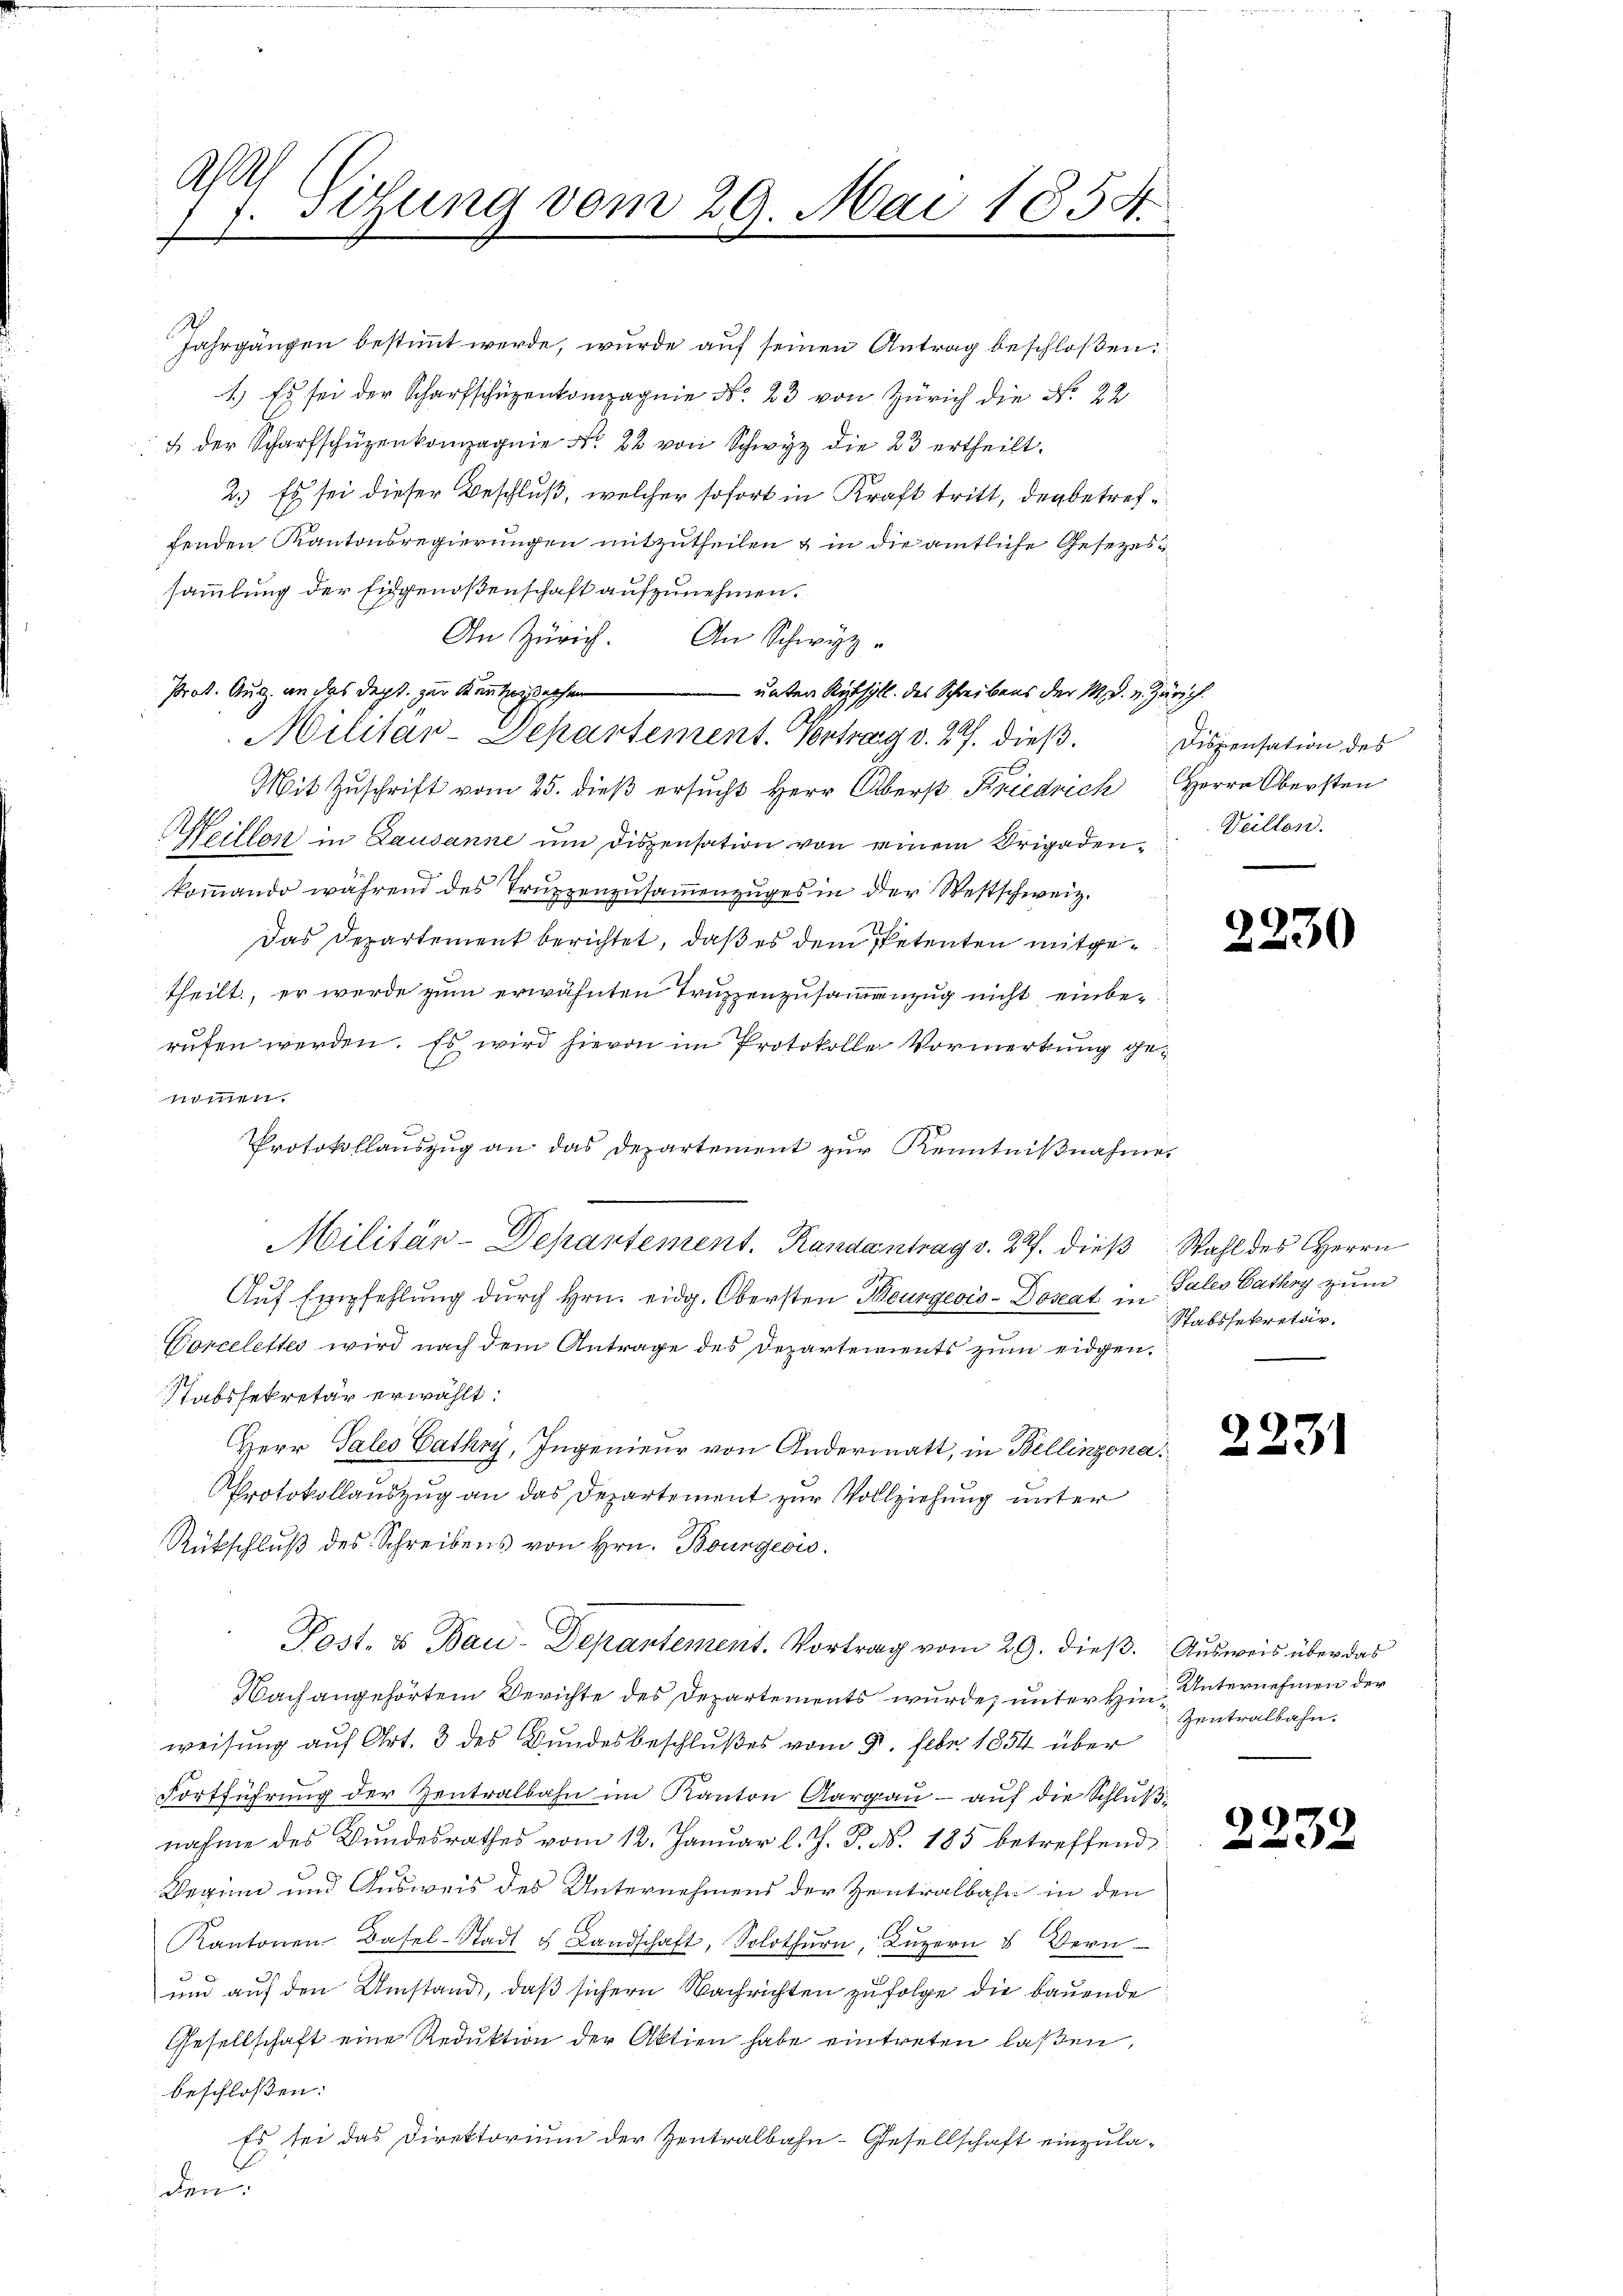
A
Sitzung vom 29. Mai 1854.
f
.

Jahrgängen bestimmt werde, wurde auf seinen Antrag beschloßen:
1.) Es sei der Scharfschüzenkompagnie No. 23 von Zürich die No. 22
u der Scharfschüzenkompagnie No. 22 von Schwyz die 23 ertheilt.
2.) Es sei dieser Beschluß, welcher sofort in Kraft tritt, den betreffenden Kantonsregierungen mitzutheilen & in die amtliche Gesezessammlung der Eidgenoßenschaft aufzunehmen.
An Zürich. An Schwyz
Prot. Aug. an das Dept. zur Kenntniß gesen
unter Risill. des Schreibens der M. D. v. Zürich.
Militar-Departement. Vortrag d. 27. dieß¬
Mit Zŭschrift vom 25. dieβ ersŭcht Herr Oberst Friedrich Herrn Obersten
Meillas in Lausanne um Dispensation von einem Origadenkommando während des Truppenzusammenzuges in der Westschweiz.
Das Departement berichtet, daß es dem Petenten mitgetheilt, er werde zum erwähnten Truzzenzusammenzug nicht einberufen werden. Es wird hievon im Protokolle Vormerkung ge¬
1
Protokollauszug an das Departement zur Kenntnißnahme.
Militär-Departement. Randantrag v. 27. dies Wahl des Herrn
Auf Empfehlung durch Hrn. eidg. Obersten Bourgeois-Doseat in Tales Cathy zum
Corcelettes wird nach dem Antrage des Departements zum eidgen.
Stabssekretär erwählt:
Herr Sales Cathy, Ingenieur von Andermatt, in Bellinzona¬
Protokollauszug an das Departement zur Vollziehung unter
Rückschluß des Schreibens von Hrn. Bourgeois.
Post- & Bau-Depantement. Vortrag vom 29. dieß. Ausweis über das
Nach angehörtem Berichte des Departements wurde, unter Hin Unternehmen der
weisung auf Art. 3 des Bundesbeschlußes vom 9. Febr. 1854 über
Fortführung der Zentralbahn im Kanton Aargau - auf die Schlußnahme des Bundesrathes vom 12. Januar l. J. J. No. 185 betreffend
Beginn und Ausweis des Unternehmens der Zentralbahr in den
Kantonen Basel-Stadt u Landschaft, Solothurn, Lŭzern u Bern
und auf den Umstand, daß sichern Nachrichten zufolge die bauende
Gesellschaft eine Reduktion der Aktien habe eintreten laßen,
beschlossen:
Es sei das Direktorium der Zentralbahn-Gesellschaft einzula-
den

Dispensation des
Veillen.

2230

Stabssekretär.

223)

Zentralbahn.

2232